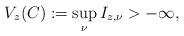
LaTeX: \begin{gather*} V_z(C):=\sup_{\nu}I_{z,\nu}>-\infty,\end{gather*}